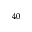
^ { 4 0 }